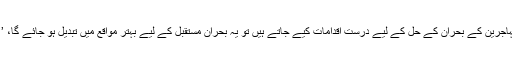
انگیلا میرکل نے اپنے عوامی پیغام میں کہا کہ اگر مہاجرین کے بحران کے حل کے لیے درست اقدامات کیے جاتے ہیں تو یہ بحران مستقبل کے لیے بہتر مواقع میں تبدیل ہو جائے گا، ’’یہ حقیقیت ہے کہ ہمیں ایک مشکل وقت کا سامنا ہے۔